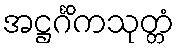
အဋ္ဌင်္ဂိကသုတ္တံ